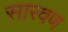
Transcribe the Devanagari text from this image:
सारवण